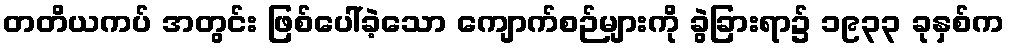
တတိယကပ် အတွင်း ဖြစ်ပေါ်ခဲ့သော ကျောက်စဉ်များကို ခွဲခြားရာ၌ ၁၉၃၃ ခုနှစ်က